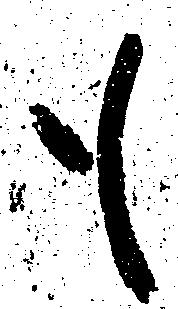
も